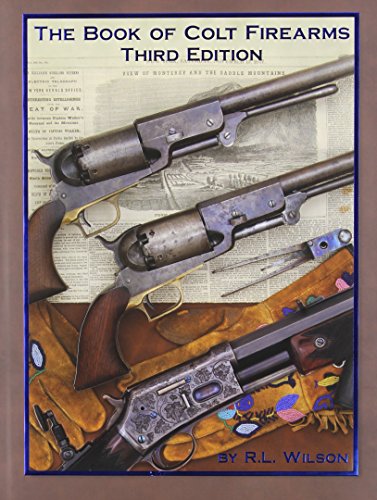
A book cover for The Book of Colt Firearms; R. L. Wilson; Crafts, Hobbies & Home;